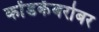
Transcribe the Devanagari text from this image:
कोंडकेंबरोबर